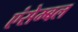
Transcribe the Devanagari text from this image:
एंसेम्बल